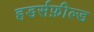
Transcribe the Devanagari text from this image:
हडर्सफ़ील्ड